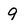
Character: 9